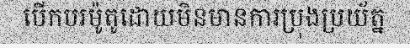
បើកបរម៉ូតូដោយមិនមានការប្រុងប្រយ័ត្ន